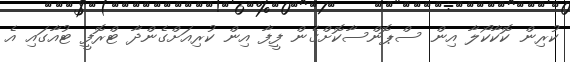
ކުރިން ކޮކާކޯލާ އިން ސްޕޮންސާކޮށްގެން ފީފާ އިން ކުރިއަށްގެންދާ ޓްރޮފީ ޓުއާގައި އެ